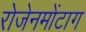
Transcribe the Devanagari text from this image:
रोजेनमोंटाग